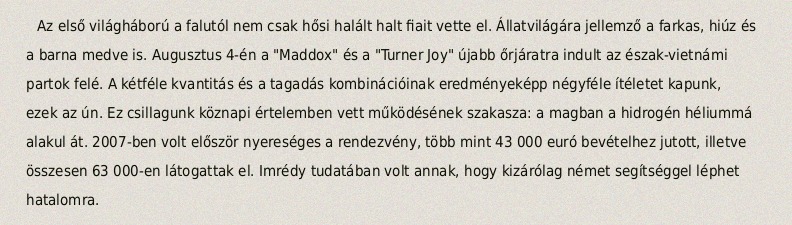
Az első világháború a falutól nem csak hősi halált halt fiait vette el. Állatvilágára jellemző a farkas, hiúz és a barna medve is. Augusztus 4-én a "Maddox" és a "Turner Joy" újabb őrjáratra indult az észak-vietnámi partok felé. A kétféle kvantitás és a tagadás kombinációinak eredményeképp négyféle ítéletet kapunk, ezek az ún. Ez csillagunk köznapi értelemben vett működésének szakasza: a magban a hidrogén héliummá alakul át. 2007-ben volt először nyereséges a rendezvény, több mint 43 000 euró bevételhez jutott, illetve összesen 63 000-en látogattak el. Imrédy tudatában volt annak, hogy kizárólag német segítséggel léphet hatalomra.